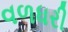
વળધરી